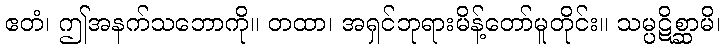
ဧတံ၊ ဤအနက်သဘောကို။ တထာ၊ အရှင်ဘုရားမိန့်တော်မူတိုင်း။ သမ္ပဋိစ္ဆာမိ၊